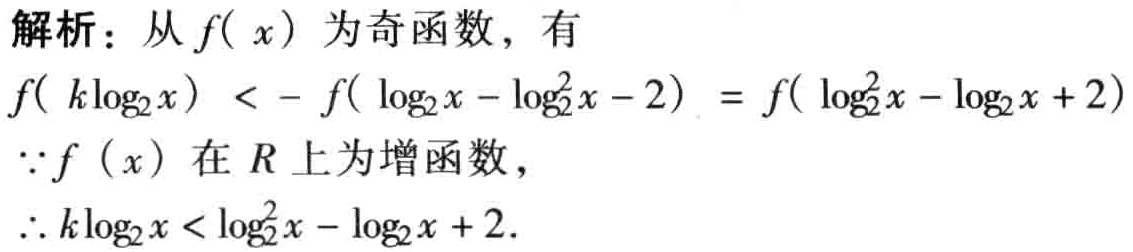
解析：从\(f( x)\)为奇函数，有
\(f( k\log_2 x) < - f( \log_2 x -\log_2^2 x - 2) = f( \log_2^2 x -\log_2 x + 2)\)
\(\because f (x)\)在\(R\)上为增函数，
\(\therefore k\log_2 x < \log_2^2 x - \log_2 x + 2.\)